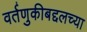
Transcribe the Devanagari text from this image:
वर्तणुकीबद्दलच्या